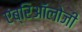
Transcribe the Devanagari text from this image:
एंब्रिऑलोजी